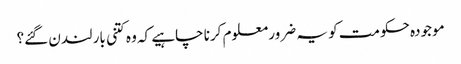
موجودہ حکومت کو یہ ضرور معلوم کرنا چاہیے کہ وہ کتنی بار لندن گئے؟